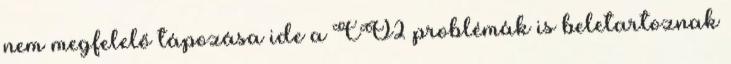
nem megfelelő tápozása ide a CO2 problémák is beletartoznak